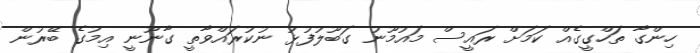
ހިންގާ ތަހްގީގެއް ކަމަށް ރައީސް މައުމޫނު ގަބޫލުފުޅު ނުކުރައްވާތީ ގާނޫނީ އިމުގެ ބޭރުން